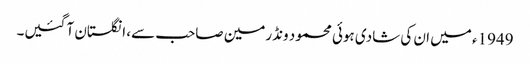
1949ء میں ان کی شادی ہوئی محمود ونڈرمین صاحب سے، انگلستان آ گئیں۔